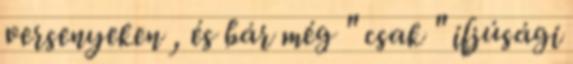
versenyeken , és bár még " csak " ifjúsági